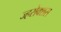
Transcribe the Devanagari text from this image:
ज्हरोक्शस